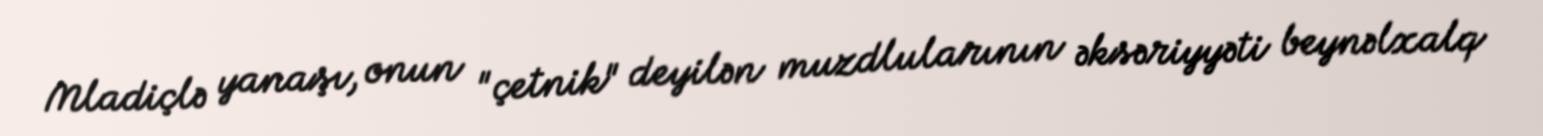
Mladiçlə yanaşı, onun "çetnik" deyilən muzdlularının əksəriyyəti beynəlxalq